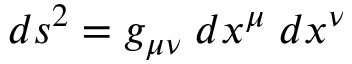
d s ^ { 2 } = g _ { \mu \nu } \; d x ^ { \mu } \; d x ^ { \nu }